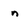
Character: n